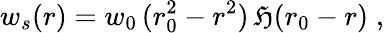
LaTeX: w_{s}(r)=w_{0}\, (r_{0}^{2}-r^{2})\, \mathfrak{H}(r_{0}-r)\; ,